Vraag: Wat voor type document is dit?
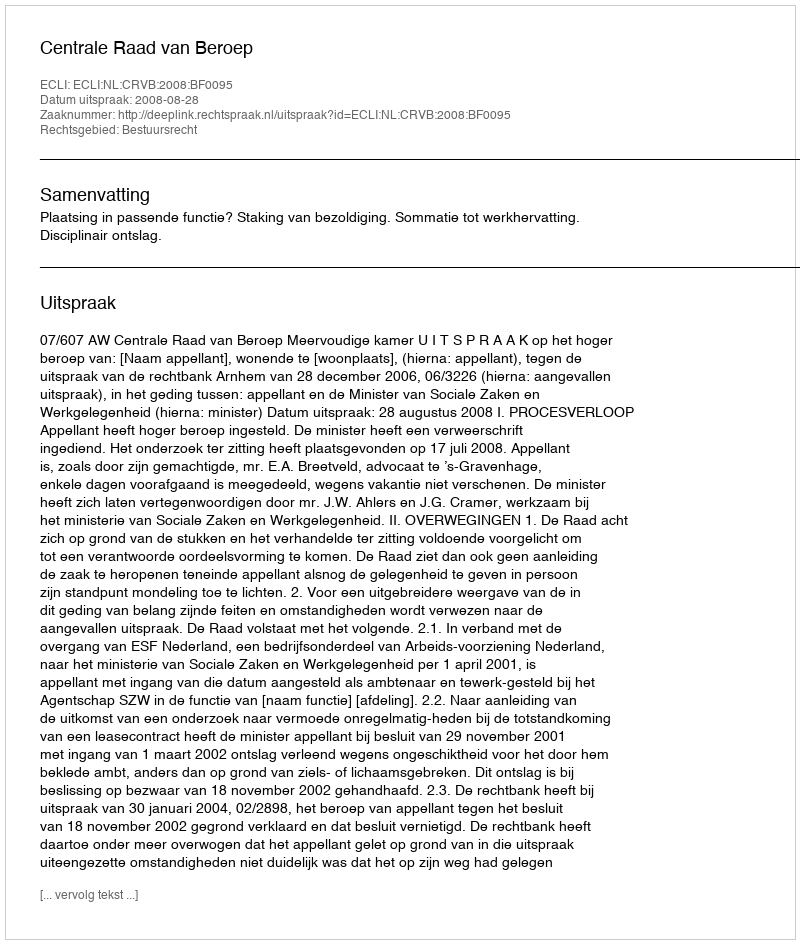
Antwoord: Uitspraak